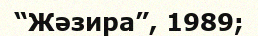
“Жәзира”, 1989;